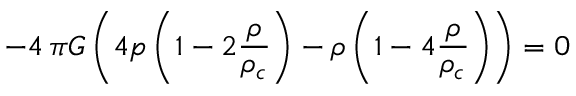
- 4 \, \pi G \left( 4 p \left( 1 - 2 \frac { \rho } { \rho _ { c } } \right) - \rho \left( 1 - 4 \frac { \rho } { \rho _ { c } } \right) \right) = 0